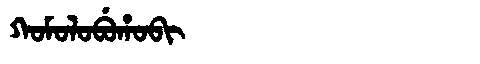
Manchu: ᡴᠣᠮᠣᠯᠣᠪᡠᡥᠣᠪᡳ
Romanization: KOMOLOBUHOBI